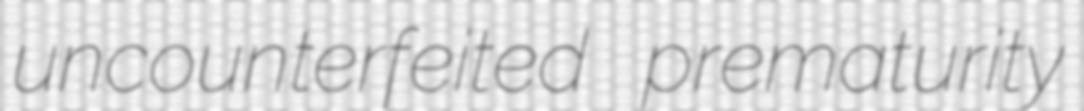
uncounterfeited prematurity